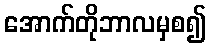
အောက်တိုဘာလမှစ၍